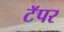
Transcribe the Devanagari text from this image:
टॅपर